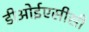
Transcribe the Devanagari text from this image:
डीओईएसीसी